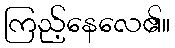
ကြည့်နေလေ၏။